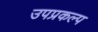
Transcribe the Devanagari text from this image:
उपप्रकल्प